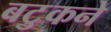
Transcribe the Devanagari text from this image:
बटुकने